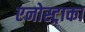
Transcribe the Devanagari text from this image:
एनोस्ट्राका